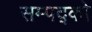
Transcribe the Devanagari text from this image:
सम्पद्को